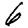
Digit: 6